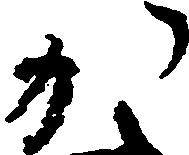
か